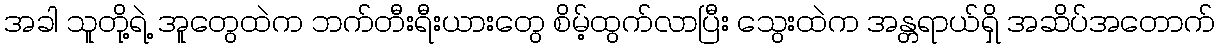
အခါ သူတို့ရဲ့ အူတွေထဲက ဘက်တီးရီးယားတွေ စိမ့်ထွက်လာပြီး သွေးထဲက အန္တရာယ်ရှိ အဆိပ်အတောက်